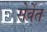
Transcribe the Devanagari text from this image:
सेर्वेत